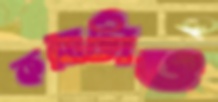
করাটাও